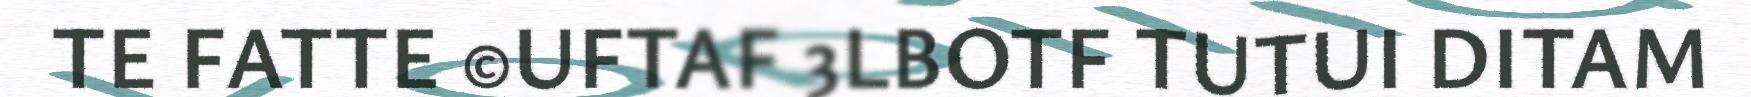
TE FATTE ©UFTAF 3LBOTF TUTUI DITAM